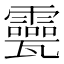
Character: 𤮮